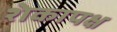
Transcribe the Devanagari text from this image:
शेकापक्ष